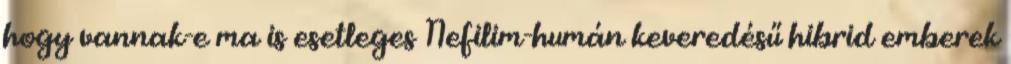
hogy vannak-e ma is esetleges Nefilim-humán keveredésű hibrid emberek